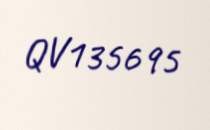
QV135695